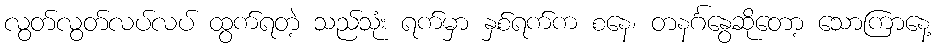
လွတ်လွတ်လပ်လပ် ထွက်ရတဲ့ သည်သုံး ရက်မှာ နှစ်ရက်က စနေ၊ တနင်္ဂနွေဆိုတော့ သောကြာနေ့